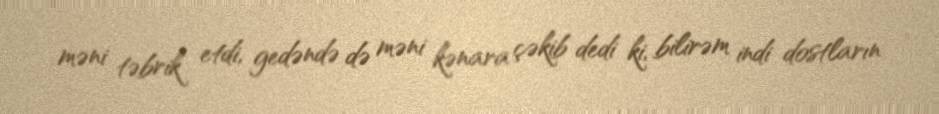
məni təbrik etdi, gedəndə də məni kənara çəkib dedi ki, bilirəm indi dostların